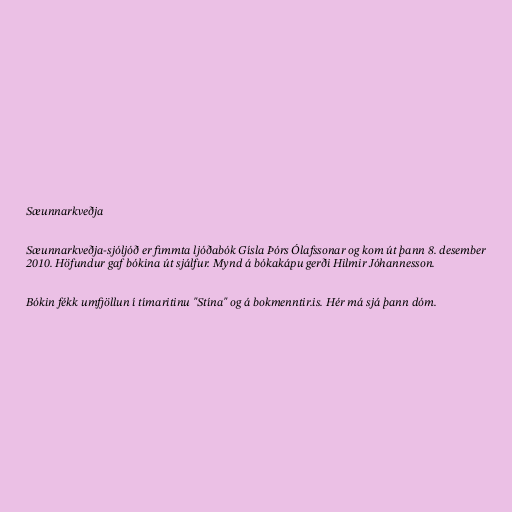
Sæunnarkveðja

Sæunnarkveðja-sjóljóð er fimmta ljóðabók Gísla Þórs Ólafssonar og kom út þann 8. desember
2010. Höfundur gaf bókina út sjálfur. Mynd á bókakápu gerði Hilmir Jóhannesson.

Bókin fékk umfjöllun í tímaritinu "Stína" og á bokmenntir.is. Hér má sjá þann dóm.